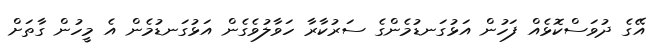
އޭގެ ދުވަސްކޮޅެއް ފަހުން އަޅުގަނޑުމެންގެ ސަރުކާރާ ހަވާލުވެގެން އަޅުގަނޑުމެން އެ މީހުން ގާތަށް